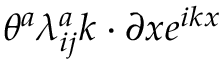
\theta ^ { a } \lambda _ { i j } ^ { a } k \cdot \partial x e ^ { i k x }